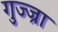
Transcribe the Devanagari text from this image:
गुज्ज्रा